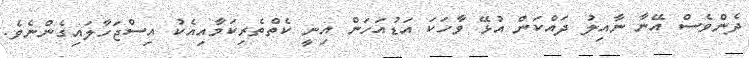
ދެންވެސް އޭނާ ނާއިލު ދައްކަން އުޅޭ ވާހަކަ އަޑުއަހަން އިނީ ކެތްތެރިކަމާއިއެކު އިސްޖަހާލައިގެންނެވެ.